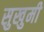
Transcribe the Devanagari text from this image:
सुखुमी